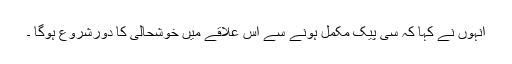
انہوں نے کہا کہ سی پیک مکمل ہونے سے اس علاقے میں خوشحالی کا دورشروع ہوگا ۔